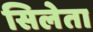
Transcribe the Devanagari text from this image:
सिलेता